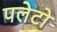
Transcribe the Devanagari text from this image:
पलेटो